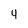
Character: 4